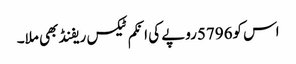
اس کو5796روپے کی انکم ٹیکس ریفنڈ بھی ملا۔